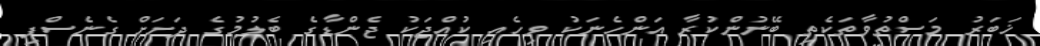
ޚަބަރު މަސްތުވާތަކެތި ބޭނުންކުރާ އަންހެނަކު ވިހެއި ކުއްޖަކު ޖެންޑާގެ ބެލުމުގެ ދަށަށް ގެނެސްފި